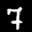
Label: 7